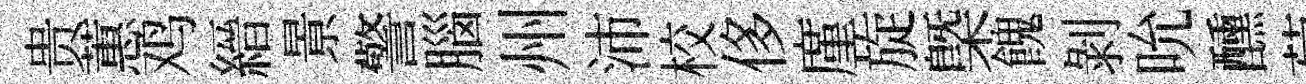
贵蕙鸡縉㬌警腦州沛校侈廑旋㮣餽剝吮醺菊